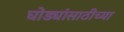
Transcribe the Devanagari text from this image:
घोड्यांसाठीच्या